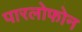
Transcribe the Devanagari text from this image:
पारलोफोन